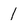
Character: 1